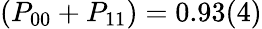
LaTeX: (P_{00}+P_{11})=0.93(4)